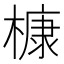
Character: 槺